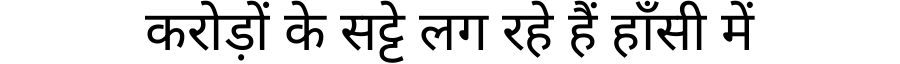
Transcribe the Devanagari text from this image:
करोड़ों के सट्टे लग रहे हैं हाँसी में